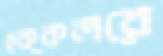
হক্কলরে